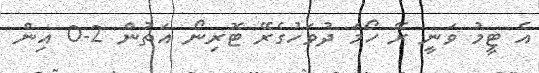
އެ ޓީމު ވަނީ ރޭ ހޯމަ ދުވަހުގެރޭ ޓޮރިނޯ އަތުން 2-0 އިން